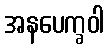
အနပေက္ခဝါ